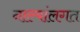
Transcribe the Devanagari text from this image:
नाल्यांलगत